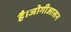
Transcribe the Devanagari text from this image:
है।जोगीआसन